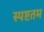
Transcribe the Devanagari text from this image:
स्पष्टतम